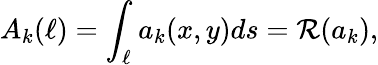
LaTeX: A_{k}(\ell)=\int_{\ell}a_{k}(x,y)ds=\mathcal{R}(a_{k}),